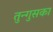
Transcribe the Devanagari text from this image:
तुन्गुसका